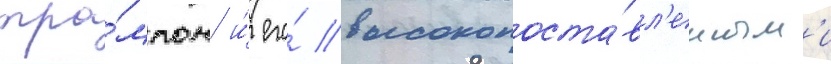
тра́мпом и́ его́ высокопоста́вл'енным'и